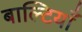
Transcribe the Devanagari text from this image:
बाल्टियाँ